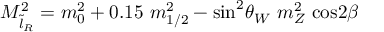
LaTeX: M _ { \tilde { l } _ { R } } ^ { 2 } = m _ { 0 } ^ { 2 } + 0 . 1 5 \ m _ { 1 / 2 } ^ { 2 } - \mathrm { s i n } ^ { 2 } \theta _ { W } \ m _ { Z } ^ { 2 } \ \mathrm { c o s } 2 \beta